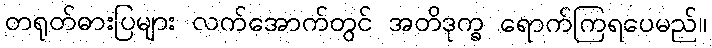
တရုတ်ဓားပြများ လက်အောက်တွင် အတိဒုက္ခ ရောက်ကြရပေမည်။